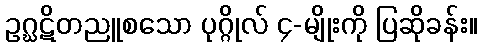
ဥဂ္ဃဋိတညူစသော ပုဂ္ဂိုလ် ၄-မျိုးကို ပြဆိုခန်း။